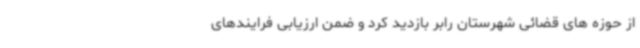
از حوزه های قضائی شهرستان رابر بازدید کرد و ضمن ارزیابی فرایندهای